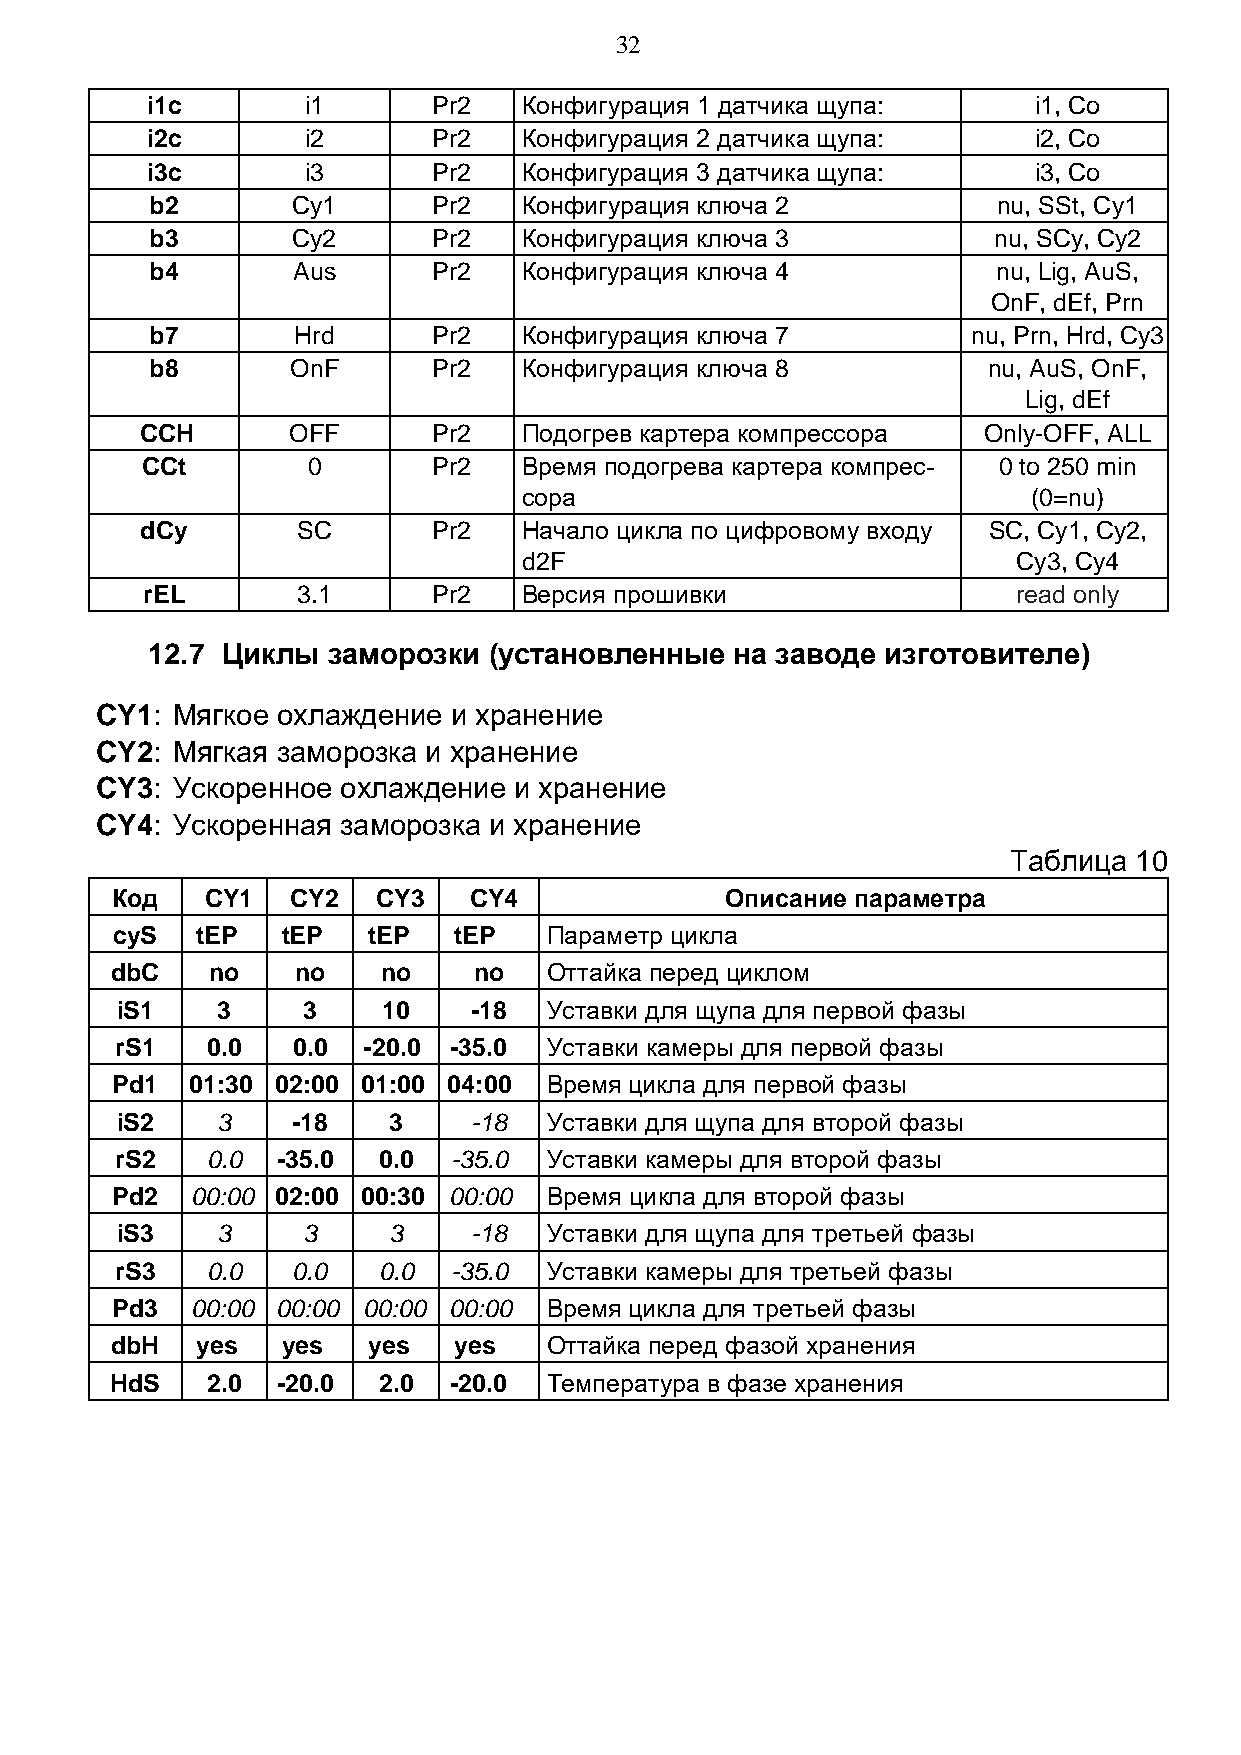
32
 i1c       i1       Pr2   Конфигурация 1 датчика щупа:     i1, Co
 i2c       i2       Pr2   Конфигурация 2 датчика щупа:     i2, Co
 i3c       i3       Pr2   Конфигурация 3 датчика щупа:     i3, Co
 b2       Cy1       Pr2   Конфигурация ключа 2           nu, SSt, Cy1
 b3       Cy2       Pr2   Конфигурация ключа 3           nu, SCy, Cy2
 b4       Aus       Pr2   Конфигурация ключа 4           nu, Lig, AuS,
 OnF, dEf, Prn
 b7       Hrd       Pr2   Конфигурация ключа 7         nu, Prn, Hrd, Cy3
 b8       OnF       Pr2   Конфигурация ключа 8          nu, AuS, OnF,
 Lig, dEf
 CCH       OFF       Pr2   Подогрев картера компрессора  Only-OFF, ALL
 CCt        0        Pr2   Время подогрева картера компрес- 0 to 250 min
 сора                             (0=nu)
 dCy        SC       Pr2   Начало цикла по цифровому входу SC, Cy1, Cy2,
 d2F                             Cy3, Cy4
 rEL        3.1      Pr2   Версия прошивки                 read only
 12.7 Циклы  заморозки (установленные   на заводе изготовителе)
 CY1: М ягкое охлаждение и хранение
 CY2: Мягкая заморозка и хранение
 CY3: У скоренное охлаждение и хранение
 CY4: У скоренная заморозка и хранение
 Таблица 10
 Код    CY1  CY2   CY3   CY4              Описание параметра
 cyS   tEP   tEP  tEP   tEP   Параметр цикла
 dbC    no    no   no    no   Оттайка перед циклом
 iS1   3     3    10    -18  Уставки для щупа для первой фазы
 rS1   0.0  0.0  -20.0 -35.0 Уставки камеры для первой фазы
 Pd1   01:30 02:00 01:00 04:00 Время цикла для первой фазы
 iS2   3    -18    3    -18  Уставки для щупа для второй фазы
 rS2   0.0 -35.0  0.0  -35.0 Уставки камеры для второй фазы
 Pd2   00:00 02:00 00:30 00:00 Время цикла для второй фазы
 iS3   3     3     3    -18  Уставки для щупа для третьей фазы
 rS3   0.0  0.0   0.0  -35.0 Уставки камеры для третьей фазы
 Pd3   00:00 00:00 00:00 00:00 Время цикла для третьей фазы
 dbH   yes   yes  yes   yes   Оттайка перед фазой хранения
 HdS    2.0 -20.0  2.0  -20.0 Температура в фазе хранения